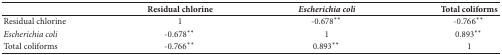
<table><thead><tr><td><b> </b></td><td><b>Residual chlorine</b></td><td><b><i>Escherichia coli</i></b></td><td><b>Total coliforms</b></td></tr></thead><tbody><tr><td>Residual chlorine</td><td>1</td><td>-0.678<sub> </sub><sup><i>∗∗</i></sup> </td><td>-0.766<sub> </sub><sup><i>∗∗</i></sup> </td></tr><tr><td><i>Escherichia coli</i></td><td>-0.678<sub> </sub><sup><i>∗∗</i></sup> </td><td>1</td><td>0.893<sub> </sub><sup><i>∗∗</i></sup> </td></tr><tr><td>Total coliforms</td><td>-0.766<sub> </sub><sup><i>∗∗</i></sup> </td><td>0.893<sub> </sub><sup><i>∗∗</i></sup> </td><td>1</td></tr></tbody></table>